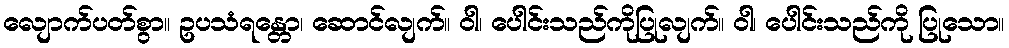
လျောက်ပတ်စွာ။ ဥပသံရန္တော၊ ဆောင်လျက်။ ဝါ၊ ပေါင်းသည်ကိုပြုလျက်။ ဝါ၊ ပေါင်းသည်ကို ပြုသော။